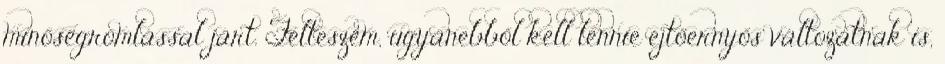
minőségromlással járt. Felteszem, ugyanebből kell lennie ejtőernyős változatnak is,